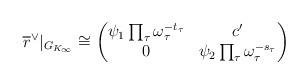
LaTeX: \begin{align*}\overline{r}^\vee|_{G_{K_\infty}} \cong \begin{pmatrix}\psi_1 \prod_\tau \omega_\tau^{-t_\tau} & c' \\ 0 & \psi_2 \prod_\tau \omega_\tau^{-s_\tau}\end{pmatrix}\end{align*}